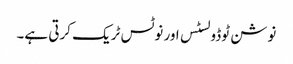
نوشن ٹوڈو لسٹس اور نوٹس ٹریک کرتی ہے۔